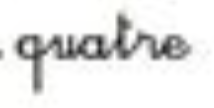
quatre